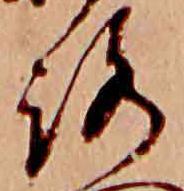
路